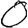
Digit: 0